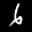
Label: 6